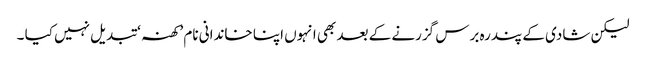
لیکن شادی کے پندرہ برس گزرنے کے بعد بھی انہوں اپنا خاندانی نام ’کھنہ ‘ تبدیل نہیں کیا ۔